Report of the Indian Hemp Drugs Commission, 1894-1895 - Volume V
Year: 1894
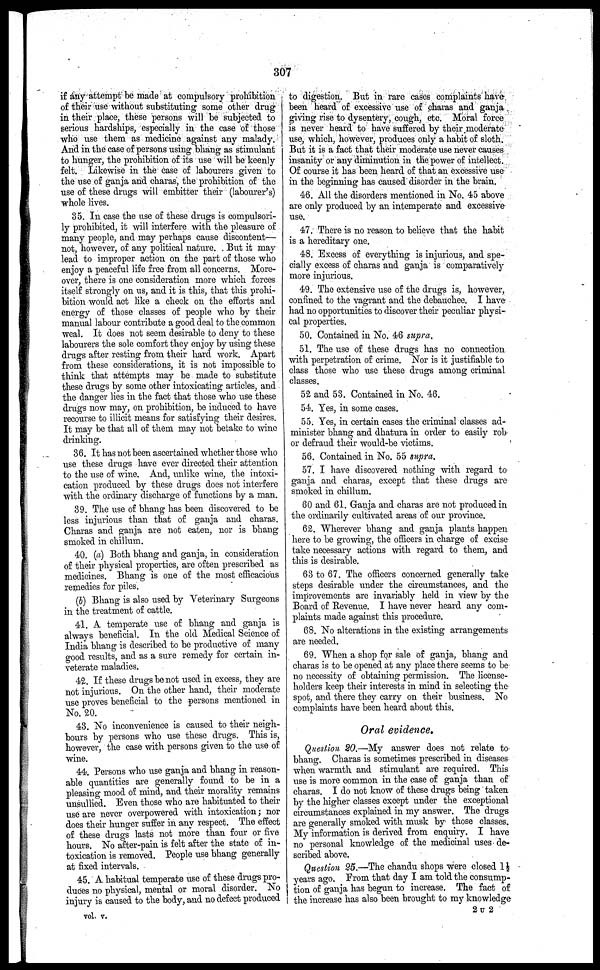
307
if any attempt be made at compulsory prohibition
of their use without substituting some other drug
in their place, these persons will be subjected to
serious hardships, especially in the case of those
who use them as medicine against any malady.
And in the case of persons using bhang as stimulant
to hunger, the prohibition of its use will be keenly
felt. Likewise in the case of labourers given to
the use of ganja and charas, the prohibition of the
use of these drugs will embitter their (labourer's)
whole lives.
35. In case the use of these drugs is compulsori-
ly prohibited, it will interfere with the pleasure of
many people, and may perhaps cause discontent—
not, however, of any political nature. But it may
lead to improper action on the part of those who
enjoy a peaceful life free from all concerns. More-
over, there is one consideration more which forces
itself strongly on us, and it is this, that this prohi-
bition would act like a check on the efforts and
energy of those classes of people who by their
manual labour contribute a good deal to the common
weal. It does not seem desirable to deny to these
labourers the sole comfort they enjoy by using these
drugs after resting from their hard work. Apart
from these considerations, it is not impossible to
think that attempts may be made to substitute
these drugs by some other intoxicating articles, and
the danger lies in the fact that those who use these
drugs now may, on prohibition, be induced to have
recourse to illicit means for satisfying their desires.
It may be that all of them may not betake to wine
drinking.
36. It has not been ascertained whether those who
use these drugs have ever directed their attention
to the use of wine. And, unlike wine, the intoxi-
cation produced by these drugs does not interfere
with the ordinary discharge of functions by a man.
39. The use of bhang has been discovered to be
less injurious than that of ganja and charas.
Charas and ganja are not eaten, nor is bhang
smoked in chillum.
40. (a) Both bhang and ganja, in consideration
of their physical properties, are often prescribed as
medicines. Bhang is one of the most efficacious
remedies for piles.
(b) Bhang is also used by Veterinary Surgeons
in the treatment of cattle.
41. A temperate use of bhang and ganja is
always beneficial. In the old Medical Science of
India bhang is described to be productive of many
good results, and as a sure remedy for certain in-
veterate maladies.
42. If these drugs bo not used in excess, they are
not injurious. On the other hand, their moderate
use proves beneficial to the persons mentioned in
No. 20.
43. No inconvenience is caused to their neigh-
bours by persons who use these drugs. This is,
however, the case with persons given to the use of
wine.
44. Persons who use ganja and bhang in reason-
able quantities are generally found to be in a
pleasing mood of mind, and their morality remains
unsullied. Even those who are habituated to their
use are never overpowered with intoxication; nor
does their hunger suffer in any respect. The effect
of these drugs lasts not more than four or five
hours. No after-pain is felt after the state of in-
toxication is removed. People use bhang generally
at fixed intervals.
45. A habitual temperate use of these drugs pro-
duces no physical, mental or moral disorder. No
injury is caused to the body, and no defect produced
vol. v.
to digestion. But in rare cases complaints have
been heard of excessive use of charas and ganja
giving rise to dysentery, cough, etc. Moral force
is never heard to have suffered by their moderate
use, which, however, produces only a habit of sloth.
But it is a fact that their moderate use never causes
insanity or any diminution in the power of intellect.
Of course it has been heard of that an excessive use
in the beginning has caused disorder in the brain.
46. All the disorders mentioned in No. 45 above
are only produced by an intemperate and excessive.
use.
47. There is no reason to believe that the habit
is a hereditary one.
48. Excess of everything is injurious, and spe-
cially excess of charas and ganja is comparatively
more injurious.
49. The extensive use of the drugs is, however,
confined to the vagrant and the debauchee. I have
had no opportunities to discover their peculiar physi-
cal properties.
50. Contained in No. 46 supra.
51. The use of these drugs has no connection
with perpetration of crime. Nor is it justifiable to
class those who use these drugs among criminal
classes.
52 and 53. Contained in No. 46.
54. Yes, in some cases.
55. Yes, in certain cases the criminal classes ad-
minister bhang and dhatura in order to easily rob
or defraud their would-be victims.
56. Contained in No. 55 supra.
57. I have discovered nothing with regard to
ganja and charas, except that these drugs are
smoked in chillum.
60 and 61. Ganja and charas are not produced in
the ordinarily cultivated areas of our province.
62. Wherever bhang and ganja plants happen
here to be growing, the officers in charge of excise
take necessary actions with regard to them, and
this is desirable.
63 to 67. The officers concerned generally take
steps desirable under the circumstances, and the
improvements are invariably held in view by the
Board of Revenue. I have never heard any com-
plaints made against this procedure.
68. No alterations in the existing arrangements
are needed.
69. When a shop for sale of ganja, bhang and
charas is to be opened at any place there seems to be
no necessity of obtaining permission. The license-
holders keep their interests in mind in selecting the
spot, and there they carry on their business. No
complaints have been heard about this.
Oral evidence.
Question 20.—My answer does not relate to
bhang. Charas is sometimes prescribed in diseases
when warmth and stimulant are required. This
use is more common in the case of ganja than of
charas. I do not know of these drugs being taken
by the higher classes except under the exceptional
circumstances explained in my answer. The drugs
are generally smoked with musk by those classes.
My information is derived from enquiry. I have
no personal knowledge of the medicinal uses de-
scribed above.
Question 25.—The chandu shops were closed 1½
years ago. From that day I am told the consump-
tion of ganja has begun to increase. The fact of
the increase has also been brought to my knowledge
2 U 2